Indian journal of veterinary science and animal husbandry - Volume 2,
Year: 1932
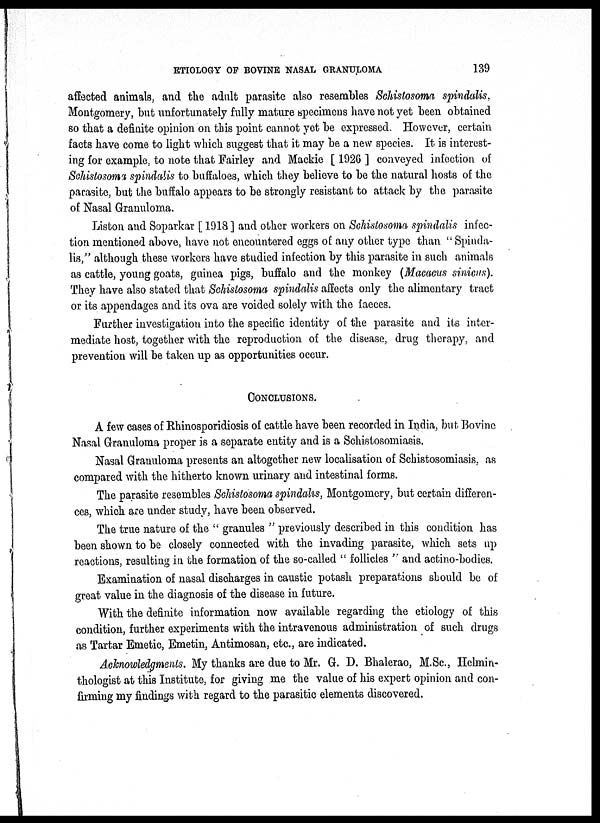
ETIOLOGY OF BOVINE NASAL GRANULOMA
139
affected animals, and the adult parasite also resembles Schistosoma spindalis,
Montgomery, but unfortunately fully mature specimens have not yet been obtained
so that a definite opinion on this point cannot yet be expressed. However, certain
facts have come to light which suggest that it may be a new species. It is interest-
ing for example, to note that Fairley and Mackie [ 1926 ] conveyed infection of
Schistosoma spindalis to buffaloes, which they believe to be the natural hosts of the
parasite, but the buffalo appears to be strongly resistant to attack by the parasite
of Nasal Granuloma.
Liston and Soparkar [1918] and other workers on Schistosoma spindalis infec-
tion mentioned above, have not encountered eggs of any other type than " Spinda-
lis,'' although these workers have studied infection by this parasite in such animals
as cattle, young goats, guinea pigs, buffalo and the monkey (Macacus sinicus).
They have also stated that Schistosoma spindalis affects only the alimentary tract
or its appendages and its ova are voided solely with the faeces.
Further investigation into the specific identity of the parasite and its inter-
mediate host, together with the reproduction of the disease, drug therapy, and
prevention will be taken up as opportunities occur.
CONCLUSIONS.
A few cases of Rhinosporidiosis of cattle have been recorded in India, but Bovine
Nasal Granuloma proper is a separate entity and is a Schistosomiasis.
Nasal Granuloma presents an altogether new localisation of Schistosomiasis, as
compared with the hitherto known urinary and intestinal forms.
The parasite resembles Schistosoma spindalis, Montgomery, but certain differen-
ces, which are under study, have been observed.
The true nature of the " granules " previously described in this condition has
been shown to be closely connected with the invading parasite, which sets up
reactions, resulting in the formation of the so-called " follicles " and actino-bodies.
Examination of nasal discharges in caustic potash preparations should be of
great value in the diagnosis of the disease in future.
With the definite information now available regarding the etiology of this
condition, further experiments with the intravenous administration of such drugs
as Tartar Emetic, Emetin, Antimosan, etc., are indicated.
Acknowledgments. My thanks are due to Mr. G. D. Bhalerao, M.Sc., Helmin-
thologist at this Institute, for giving me the value of his expert opinion and con-
firming my findings with regard to the parasitic elements discovered.